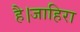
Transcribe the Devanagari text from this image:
है।जाहिरा